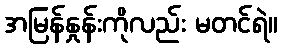
အမြန်နှုန်းကိုလည်း မတင်ရဲ။